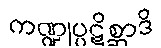
ကဏ္ဍုပ္ပဋိစ္ဆာဒိ